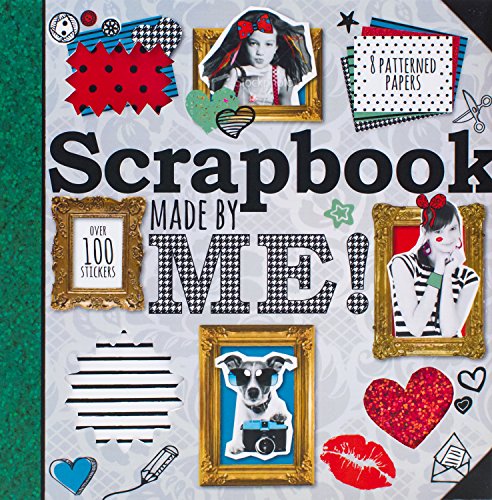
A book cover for Scrapbook Made By Me! (Tween Range); Parragon Books; Crafts, Hobbies & Home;